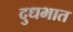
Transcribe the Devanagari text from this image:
दुधभात